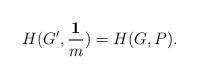
LaTeX: \begin{align*}H(G^\prime,\frac{\mathbf 1}{m}) = H(G,P).\end{align*}